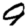
Digit: 9